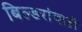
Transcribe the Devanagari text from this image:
बिल्डरांचाही